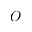
O